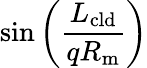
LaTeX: \sin{\left(\frac{L_{\mathrm{cld}}}{qR_{\mathrm{m}}}\right)}